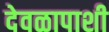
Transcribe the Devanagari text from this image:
देवळापाशी